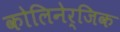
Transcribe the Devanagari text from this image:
कोलिनेर्जिक